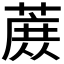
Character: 𬞈